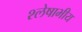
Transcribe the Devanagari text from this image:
श्लेषाभीय